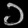
Digit: ၁